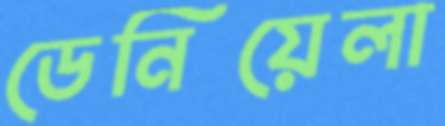
ডেনিয়েলা